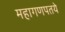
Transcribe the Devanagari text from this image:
महागणपतये